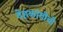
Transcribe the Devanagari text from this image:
देहकांतीची